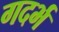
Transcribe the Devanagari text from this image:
गदर्भ